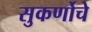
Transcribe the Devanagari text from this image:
सुकर्णोचे